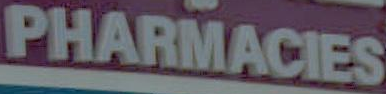
PHARMACIES